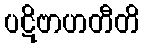
ပဋိဗာဟတီတိ